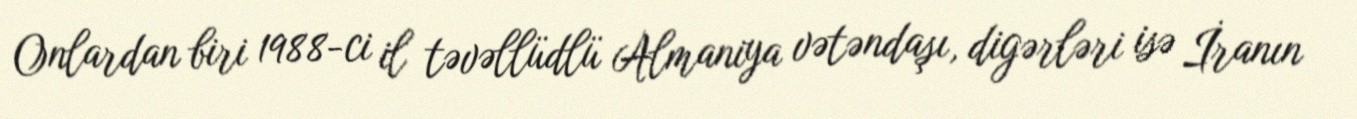
Onlardan biri 1988-ci il təvəllüdlü Almaniya vətəndaşı, digərləri isə İranın